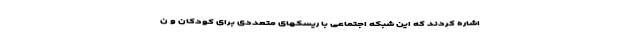
اشاره کردند که این شبکه اجتماعی با ریسکهای متعددی برای کودکان و ن